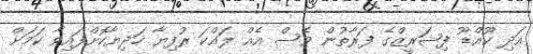
އަދި ކޫއްޑޫ ފިޝަރީޒްގެ ފަރާތުން ވެސް އެއް ލައްކަ ރުފިޔާ ހަދިޔާކޮށްފައިވާ ކަމަށް